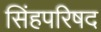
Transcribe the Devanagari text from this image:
सिंहपरिषद